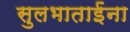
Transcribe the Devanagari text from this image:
सुलभाताईंना